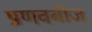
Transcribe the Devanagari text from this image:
प्रणवबीज